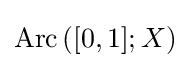
\operatorname {Arc} \left([0,1];X\right)